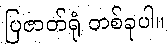
ပြဇာတ်ရုံ တစ်ခုပါ။